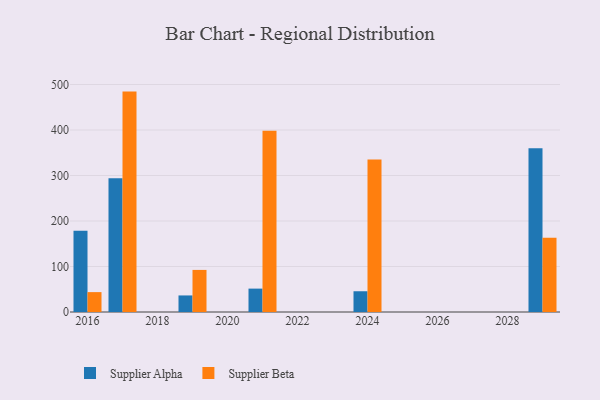
{"axis": {"x": "Year", "y": "Market Share (%)"}, "legend": ["Supplier Alpha", "Supplier Beta"], "data": [{"x": "2021", "y": 51.4, "type": "Supplier Alpha"}, {"x": "2021", "y": 398.4, "type": "Supplier Beta"}, {"x": "2016", "y": 178.4, "type": "Supplier Alpha"}, {"x": "2016", "y": 43.7, "type": "Supplier Beta"}, {"x": "2017", "y": 293.9, "type": "Supplier Alpha"}, {"x": "2017", "y": 484.4, "type": "Supplier Beta"}, {"x": "2029", "y": 359.8, "type": "Supplier Alpha"}, {"x": "2029", "y": 163.0, "type": "Supplier Beta"}, {"x": "2019", "y": 36.4, "type": "Supplier Alpha"}, {"x": "2019", "y": 92.5, "type": "Supplier Beta"}, {"x": "2024", "y": 45.6, "type": "Supplier Alpha"}, {"x": "2024", "y": 335.1, "type": "Supplier Beta"}]}